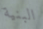
البنية